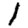
Digit: 1